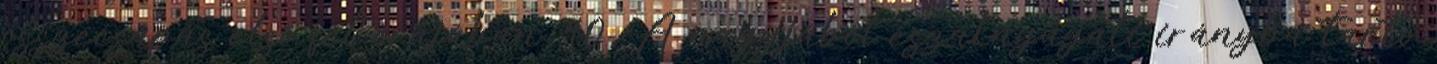
összecsapás első fél órájában. 40 A nagyjából északnyugati irányba tartó